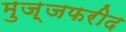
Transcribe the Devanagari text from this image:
मुज़्जफरीद